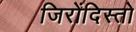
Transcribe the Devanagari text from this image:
जिरोंदिस्तो